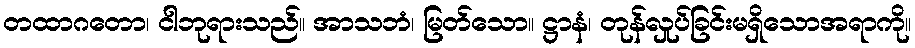
တထာဂတော၊ ငါဘုရားသည်။ အာသဘံ၊ မြတ်သော။ ဋ္ဌာနံ၊ တုန်လှုပ်ခြင်းမရှိသောအရာကို။